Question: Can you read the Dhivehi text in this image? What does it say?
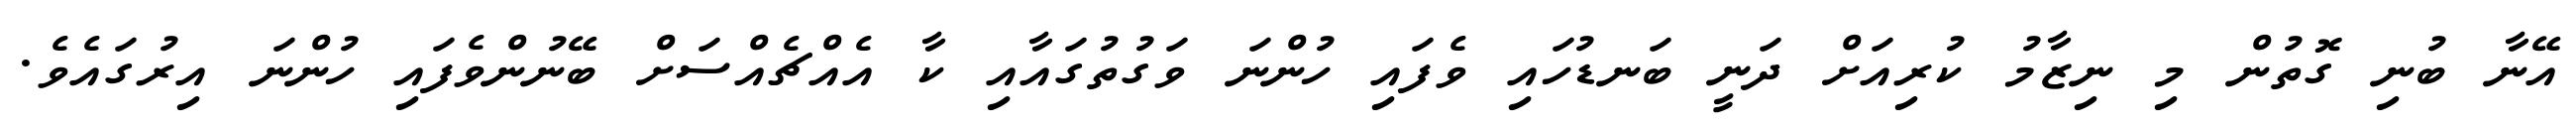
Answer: އޭނާ ބުނި ގޮތުން މި ނިޒާމު ކުރިއަށް ދަނީ ބަނޑުހައި ވެފައި ހުންނަ ވަގުތުގައާއި ކާ އެއްޗެއްސަށް ބޭނުންވެފައި ހުންނަ އިރުގައެވެ.